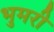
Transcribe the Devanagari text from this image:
भुमरी